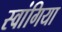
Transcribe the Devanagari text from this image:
स्वांगिया